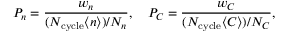
P _ { n } = \frac { w _ { n } } { ( N _ { \mathrm { c y c l e } } \langle n \rangle ) / N _ { n } } , \quad P _ { C } = \frac { w _ { C } } { ( N _ { \mathrm { c y c l e } } \langle C \rangle ) / N _ { C } } ,